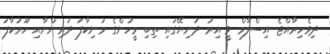
ދިވެހިރާއްޖެ އިސްލާމް ވީ އިރު ދުނިޔޭގައި ތިބި މީހުންގެ މުނިކާފަ ދަރިންނާއި ހޫރުކާފަ